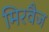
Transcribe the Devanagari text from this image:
मिरवैज